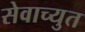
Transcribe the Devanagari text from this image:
सेवाच्युत